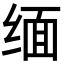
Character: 缅